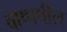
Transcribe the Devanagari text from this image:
वाष्पषील